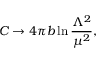
C \rightarrow 4 \pi b \ln \frac { \Lambda ^ { 2 } } { \mu ^ { 2 } } ,